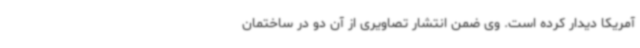
آمریکا دیدار کرده است. وی ضمن انتشار تصاویری از آن دو در ساختمان